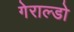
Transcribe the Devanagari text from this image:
गेराल्डो